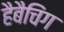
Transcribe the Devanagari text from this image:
हैबैचिंग